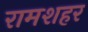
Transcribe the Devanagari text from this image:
रामशहर